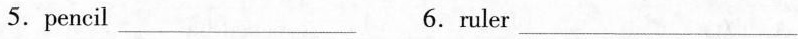
5.pencil _6.ruler _